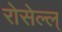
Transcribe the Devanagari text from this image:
रोसेल्ल्